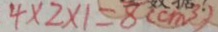
4 \times 2 \times 1 = 8 ( c m ^ { 3 } )